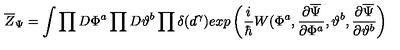
\overline { { Z } } _ { \Psi } = \int \prod D \Phi ^ { a } \prod D \vartheta ^ { b } \prod \delta ( d ^ { \gamma } ) e x p \left( { \frac { i } { \hbar } } W ( \Phi ^ { a } , { \frac { \partial \overline { \Psi } } { \partial \Phi ^ { a } } } , \vartheta ^ { b } , { \frac { \partial \overline { \Psi } } { \partial \vartheta ^ { b } } } \right)